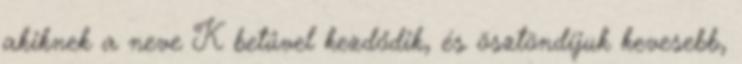
akiknek a neve K betűvel kezdődik, és ösztöndíjuk kevesebb,